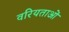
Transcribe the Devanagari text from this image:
वरियताओं